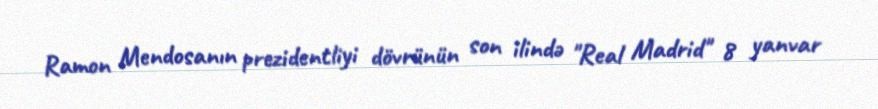
Ramon Mendosanın prezidentliyi dövrünün son ilində "Real Madrid" 8 yanvar